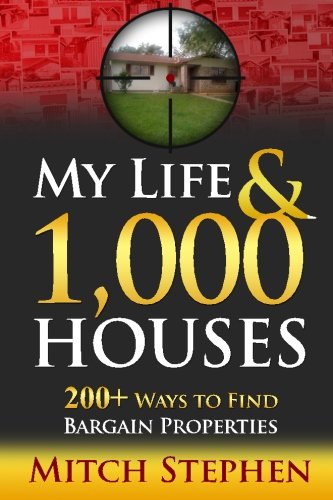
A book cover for My Life & 1,000 Houses - 200+ Ways to Find Bargain Properties; Mitch Stephen; Business & Money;